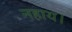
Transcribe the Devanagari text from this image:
नहाय।